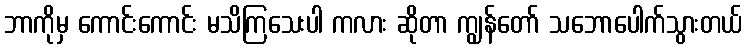
ဘာကိုမှ ကောင်းကောင်း မသိကြသေးပါ ကလား ဆိုတာ ကျွန်တော် သဘောပေါက်သွားတယ်